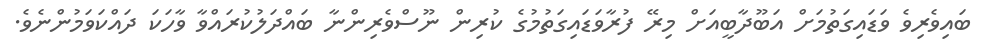
ބައިވެރިވެ ވަޑައިގަތުމަށް އަބޫދާބީއަށް މިރޭ ފުރާވަޑައިގަތުމުގެ ކުރިން ނޫސްވެރިންނާ ބައްދަލުކުރައްވާ ވާހަކަ ދައްކަވަމުންނެވެ.